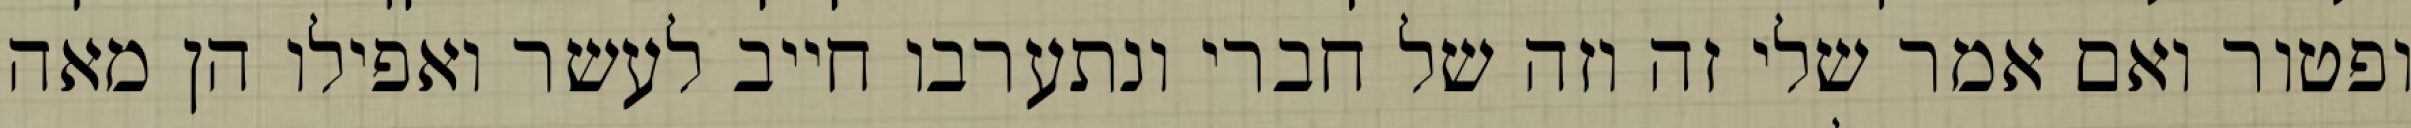
ופטור ואם אמר שלי זה וזה של חברי ונתערבו חייב לעשר ואפילו הן מאה